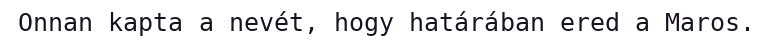
Onnan kapta a nevét, hogy határában ered a Maros.